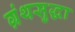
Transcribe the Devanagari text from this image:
ग्रंथसुद्धा